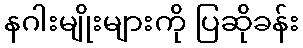
နဂါးမျိုးများကို ပြဆိုခန်း